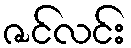
ဇင်လင်း